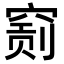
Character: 𥧂